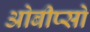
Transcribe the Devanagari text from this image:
ओबीप्‍सो